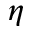
\eta